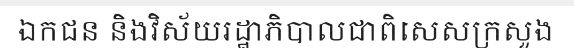
ឯកជន និងវិស័យរដ្ឋាភិបាលជាពិសេសក្រសួង